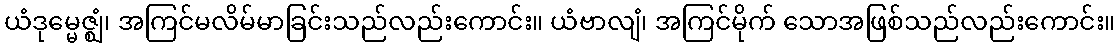
ယံဒုမ္မေဇ္ဈံ၊ အကြင်မလိမ်မာခြင်းသည်လည်းကောင်း။ ယံဗာလျံ၊ အကြင်မိုက် သောအဖြစ်သည်လည်းကောင်း။